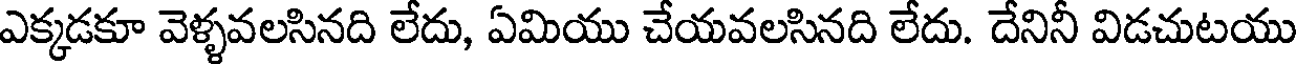
ఎక్కడకూ వెళ్ళవలసినది లేదు, ఏమియు చేయవలసినది లేదు. దేనినీ విడచుటయు